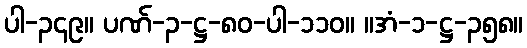
ပါ-၃၄၉။ ပဏ်-၃-ဋ္ဌ-၈၀-ပါ-၁၁၀။ ။အံ-၁-ဋ္ဌ-၃၅၈။